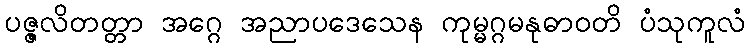
ပဇ္ဇလိတတ္တာ အဂ္ဂေ အညာပဒေသေန ကုမ္မဂ္ဂမနုဓာဝတိ ပံသုကူလံ